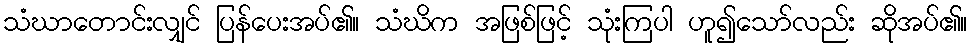
သံဃာတောင်းလျှင် ပြန်ပေးအပ်၏။ သံဃိက အဖြစ်ဖြင့် သုံးကြပါ ဟူ၍သော်လည်း ဆိုအပ်၏။